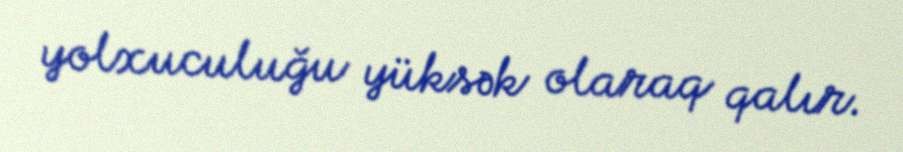
yolxuculuğu yüksək olaraq qalır.